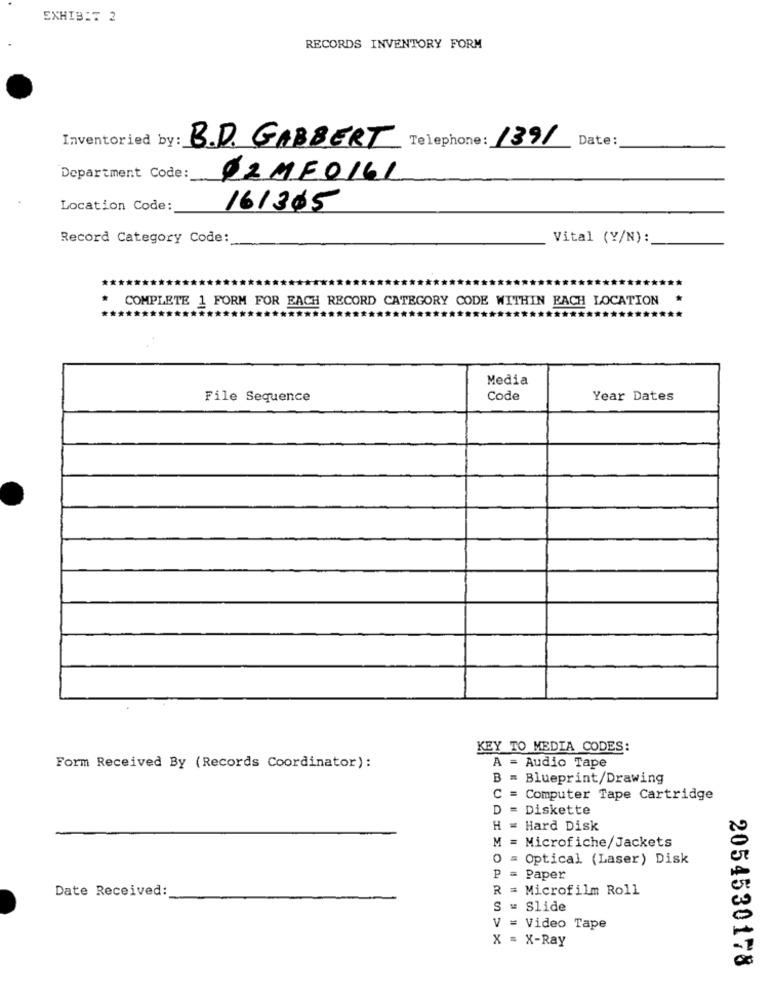
EXHIBIT 2
RECORDS INVENTORY FORM
Inventoried by:
Date:
B.D. GABBERT Telephone: 1391
Department Code:
02ME0161
Location Code:
161305
Record Category Code:
Vital (Y/N):
COMPLETE 1 FORM FOR EACH RECORD CATEGORY CODE WITHIN EACH LOCATION
Media
File Sequence
Code
Year Dates
KEY TO MEDIA CODES:
A = Audio Tape
Form Received By (Records Coordinator):
= Blueprint/Drawing
C = Computer Tape Cartridge
D = Diskette
H = Hard Disk
M = Microfiche/Jackets
O = Optical (Laser) Disk
P = Paper
Date Received:
R = Microfilm Roll
= Slide
V = Video Tape
X = X-Ray
2054530178